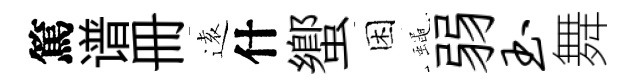
篤谱册逺什蠁困蠅弱玉舞